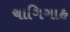
ચાગિગાહ